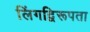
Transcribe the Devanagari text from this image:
लिंगद्विरूपता